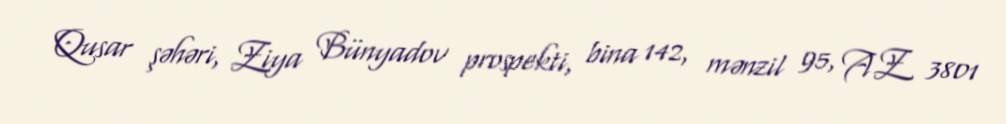
Qusar şəhəri, Ziya Bünyadov prospekti, bina 142, mənzil 95, AZ 3801